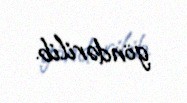
göndərilib.